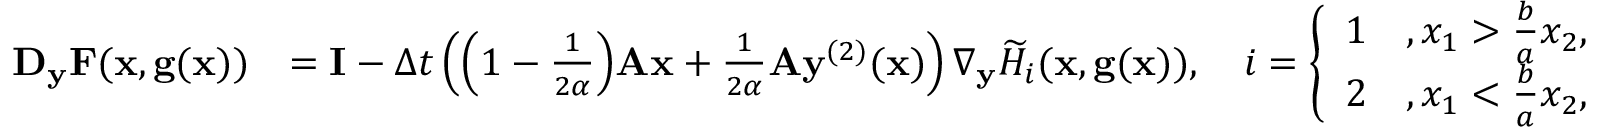
\begin{array} { r l } { \mathbf D _ { \mathbf y } \mathbf F ( \mathbf x , \mathbf g ( \mathbf x ) ) } & { = \mathbf I - \Delta t \left( \Big ( 1 - \frac { 1 } { 2 \alpha } \Big ) \mathbf A \mathbf x + \frac { 1 } { 2 \alpha } \mathbf A \mathbf y ^ { ( 2 ) } ( \mathbf x ) \right) \nabla _ { \mathbf y } \widetilde H _ { i } ( \mathbf x , \mathbf g ( \mathbf x ) ) , \quad i = \left\{ \begin{array} { l l } { 1 } & { , x _ { 1 } > \frac { b } { a } x _ { 2 } , } \\ { 2 } & { , x _ { 1 } < \frac { b } { a } x _ { 2 } , } \end{array} \right. } \end{array}